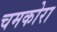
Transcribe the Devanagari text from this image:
चमकोरा